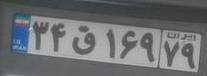
۳۴ق۱۶۹۷۹